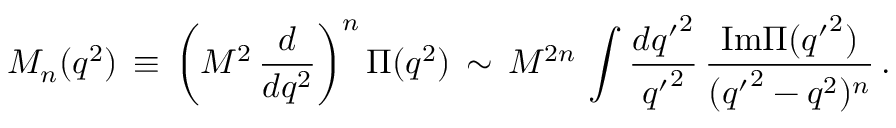
{ \cal { M } } _ { n } ( q ^ { 2 } ) \, \equiv \, \bigg ( M ^ { 2 } \, \frac { d } { d q ^ { 2 } } \bigg ) ^ { n } \, \Pi ( q ^ { 2 } ) \, \sim \, M ^ { 2 n } \, \int \frac { d { q ^ { \prime } } ^ { 2 } } { { q ^ { \prime } } ^ { 2 } } \, \frac { { \mathrm { I m } } \Pi ( { q ^ { \prime } } ^ { 2 } ) } { ( { q ^ { \prime } } ^ { 2 } - q ^ { 2 } ) ^ { n } } \, .